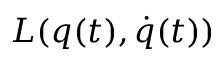
L ( q ( t ) , \dot { q } ( t ) )